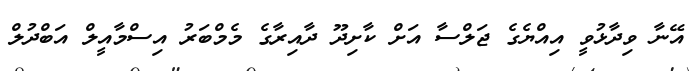
އޭނާ ވިދާޅުވީ އިއްޔެގެ ޖަލްސާ އަށް ކާށިދޫ ދާއިރާގެ މެމްބަރު އިސްމާއީލް އަބްދުލް